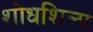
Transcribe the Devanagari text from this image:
शोधशिल्प